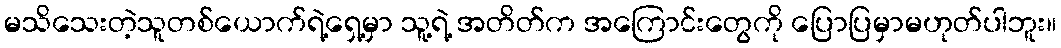
မသိသေးတဲ့သူတစ်ယောက်ရဲ့ရှေ့မှာ သူ့ရဲ့ အတိတ်က အကြောင်းတွေကို ပြောပြမှာမဟုတ်ပါဘူး။